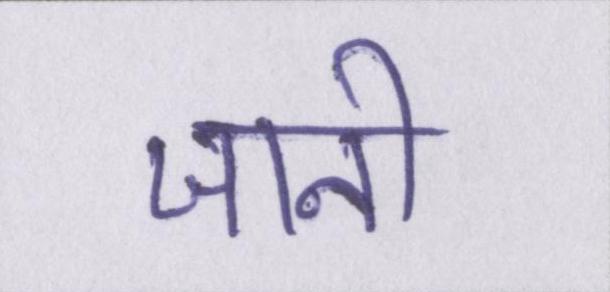
जानी